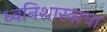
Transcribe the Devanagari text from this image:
ध्वनिशास्त्राचा